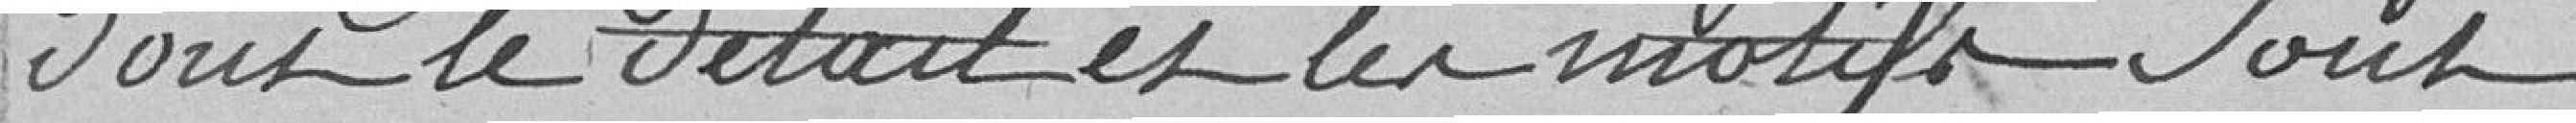
dont le détail et les motifs sont